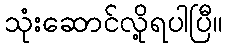
သုံးဆောင်လို့ရပါပြီ။